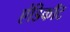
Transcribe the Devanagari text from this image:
एंडिकॉट